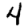
Digit: 4